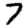
Digit: 7